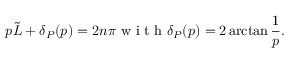
p \tilde { L } + \delta _ { P } ( p ) = 2 n \pi \textrm { w i t h } \delta _ { P } ( p ) = 2 \arctan \frac { 1 } { p } .